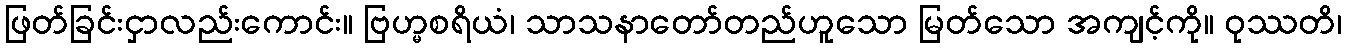
ဖြတ်ခြင်းငှာလည်းကောင်း။ ဗြဟ္မစရိယံ၊ သာသနာတော်တည်ဟူသော မြတ်သော အကျင့်ကို။ ဝုဿတိ၊